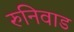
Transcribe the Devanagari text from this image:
रुनिवाड